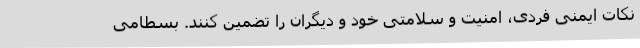
نکات ایمنی فردی، امنیت و سلامتی خود و دیگران را تضمین کنند. بسطامی